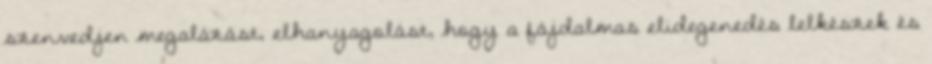
szenvedjen megalázást, elhanyagolást, hogy a fájdalmas elidegenedés lelkészek és